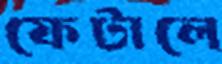
ফেটালে